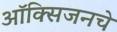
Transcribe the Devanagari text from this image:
ऑक्‍सिजनचे